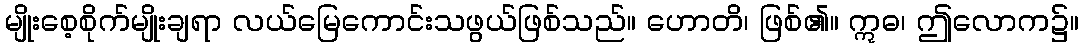
မျိုးစေ့စိုက်မျိုးချရာ လယ်မြေကောင်းသဖွယ်ဖြစ်သည်။ ဟောတိ၊ ဖြစ်၏။ ဣဓ၊ ဤလောက၌။